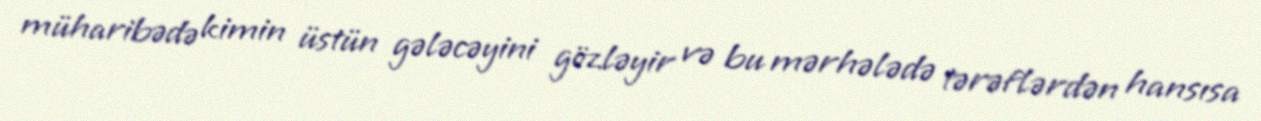
müharibədə kimin üstün gələcəyini gözləyir və bu mərhələdə tərəflərdən hansısa